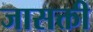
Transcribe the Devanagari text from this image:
जासक्ती